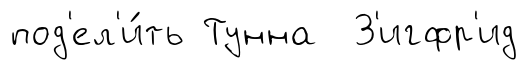
под'ел'и́ть Тунна З'игфр'ид